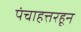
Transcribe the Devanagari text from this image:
पंचाहत्तरहून